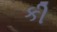
કી